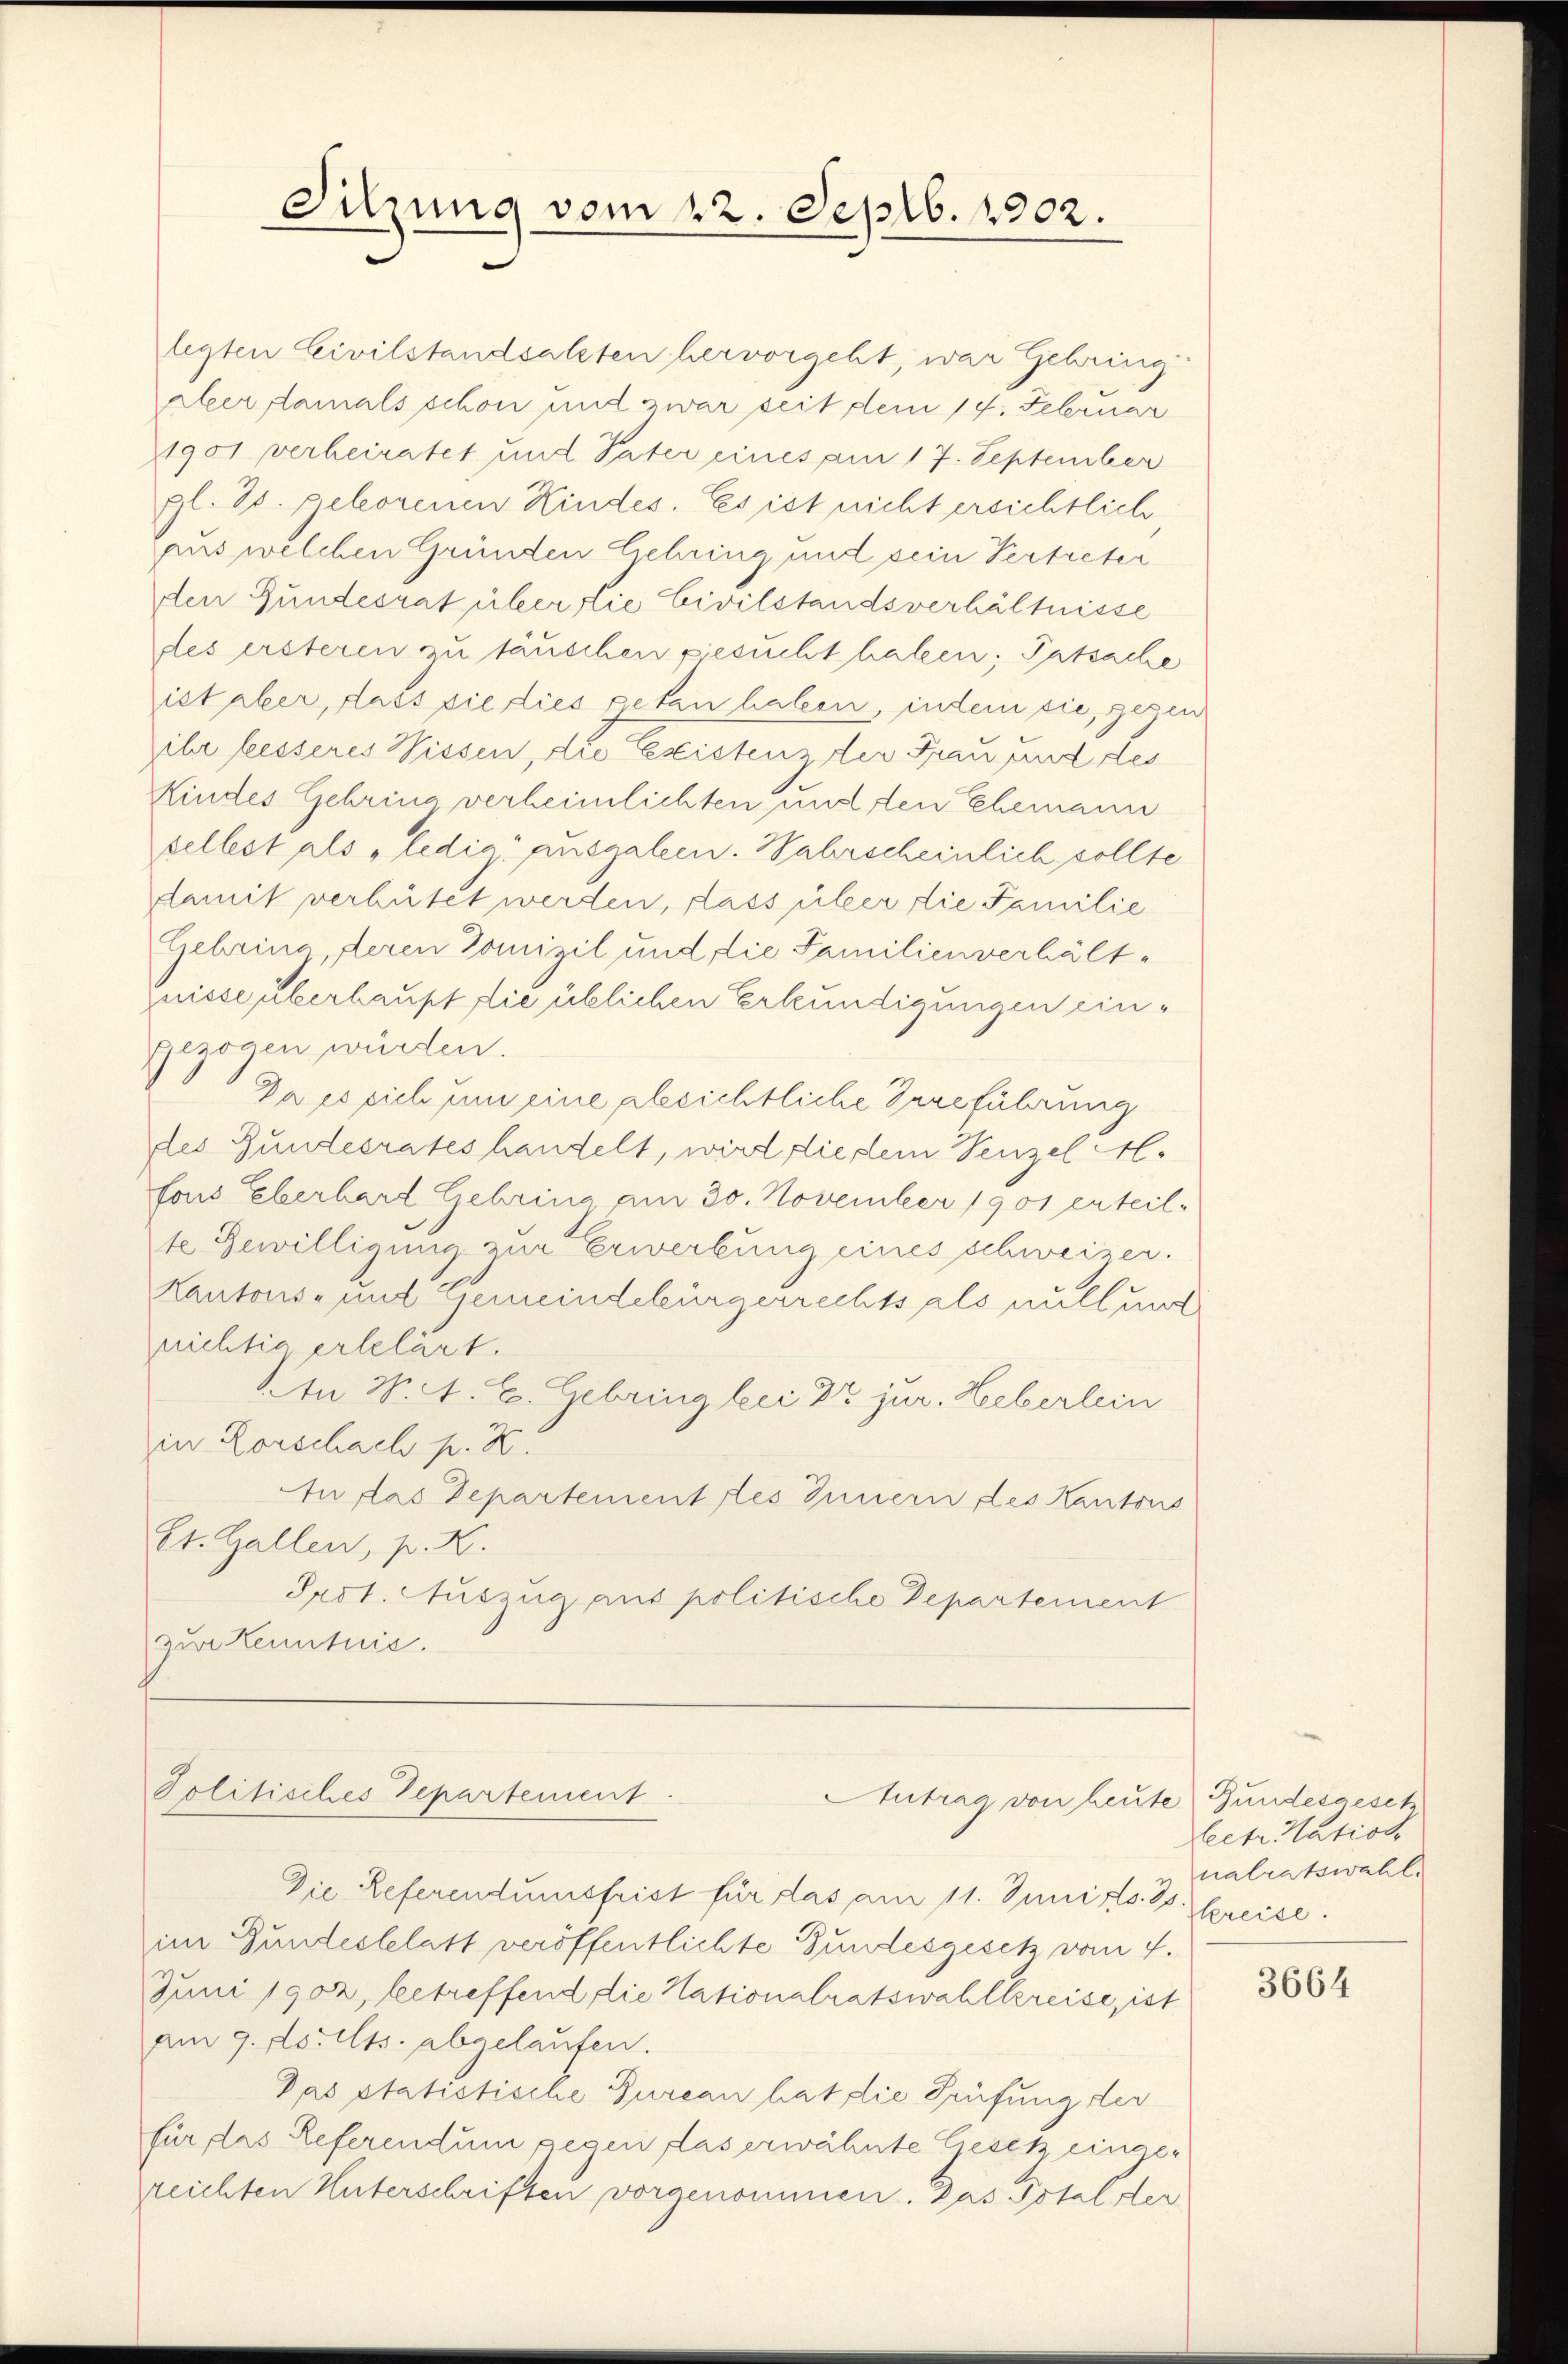
Sitzung vom 22. Septb. 1902.

legten Civilstandsalsten hervorgeht, war Gehring
aber damals schon und zwar seit dem 14. Februar
1901 verheiratet und Vater eines am 17. September
gl. T. geborenen Kindes. Es ist nicht ersichtlich
aus welchen Gründen liebring und sein Vertreter
den Gundesrat über die Civilstandsverhältnisse
des ersteren zu täuschen gesucht haben; Patsache
ist aber, dass sie dies getan haben, indem sie, gegen
ibe besseres Wissen, die Existenz der Frau und des
Kindes Gehring verheimlichten und den Ehemann
vellest als „ledig ausgaben. Wahrscheinlich sollte
damit verhütet werden, dass über die Familie
Gehrina, deren Domizil und die Familienverhältnisse überhaupt die üblichen Erkundigungen eingezogen würden.
Dass sich um eine gleichtliche Irreführung
des Gundesrates handelt, wird die dem Penzel M.
fons Eberhard Gehrina am 30. November 1901 erteil-
te Bewilligung zur Erwerbung eines schweizer.
Kantons- und Gemeindebürgerrechts als nullust
richtig erklärt.
An W. A. E. Gebring bei Dr. jur. Heberlein
in Rorschach p. K.
Au das Departement les Innern des Kantons
Et. Gallen, p. K.
Prot. Auszug aus politische Departement
zur Kenntnis.

Politisches Departement
Antrag von heute Bundesgesch

Die Referendumsfrist für das am 11. Juni d. 28. Kreise
im Bundesblatt veröffentlichte Bundesgesetz vom 7.
Juni 1902, betreffend die Nationalratswahlkreise, ist
am 9. d. Mts. abgelaufen.
Das statistische Bureau hat die Prüfung der
für das Referendum gegen das erwähnte Gesetz eingerreichten Unterschriften vorgenommen. Das Total der

leetr. Nation
nalratswahl.

3664